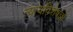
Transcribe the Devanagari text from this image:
न्यायविशेषज्ञों